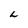
Character: L